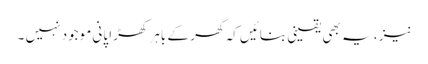
نیز ، یہ بھی یقینی بنائیں کہ گھر کے باہر کھڑا پانی موجود نہیں ۔